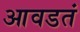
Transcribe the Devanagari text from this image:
आवडतं